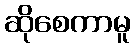
ဆိုစေကာမူ